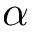
\alpha